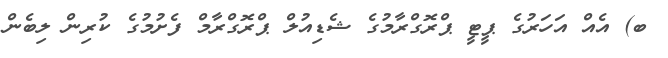
ބ) އެއް އަހަރުގެ ޕީޓީ ޕްރޮގްރާމުގެ ޝެޑިއުލް ޕްރޮގްރާމް ފެށުމުގެ ކުރިން ލިބެން